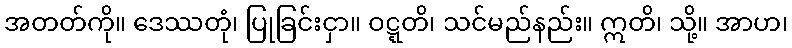
အတတ်ကို။ ဒေဿတုံ၊ ပြုခြင်းငှာ။ ဝဋ္ဋတိ၊ သင်မည်နည်း။ ဣတိ၊ သို့။ အာဟ၊